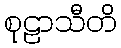
စုဠာသီတိ